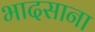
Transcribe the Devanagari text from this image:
भादसाना